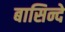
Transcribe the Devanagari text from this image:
बासिन्दे